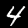
Digit: 4